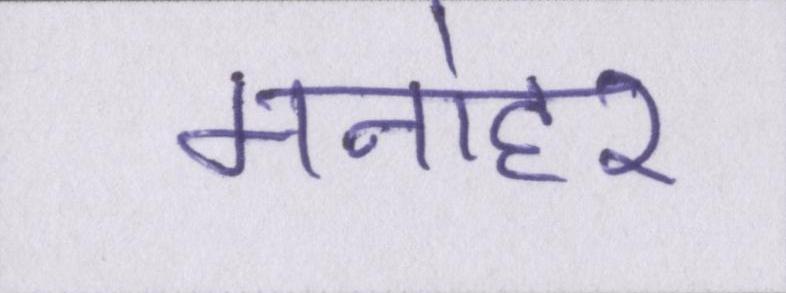
मनोहर